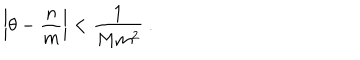
LaTeX: \left| \theta - \frac { n } { m } \right| < \frac { 1 } { M m ^ { 2 } } \ .